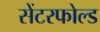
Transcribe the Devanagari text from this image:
सेंटरफोल्ड